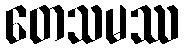
တေသမဿ